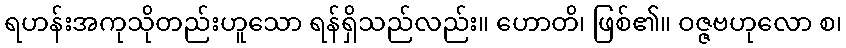
ရဟန်းအကုသိုတည်းဟူသော ရန်ရှိသည်လည်း။ ဟောတိ၊ ဖြစ်၏။ ဝဇ္ဇဗဟုလော စ၊